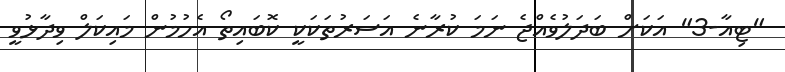
"ޓިއާ-3" އަކަށް ބަދަލުވެއްޖެ ނަމަ ކުރާނެ އަސަރުތަކަކީ ކޮބައިތޯ އެހުމުން މައިކަލް ވިދާޅުވީ